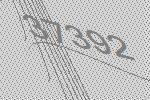
37392